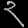
Digit: ၃